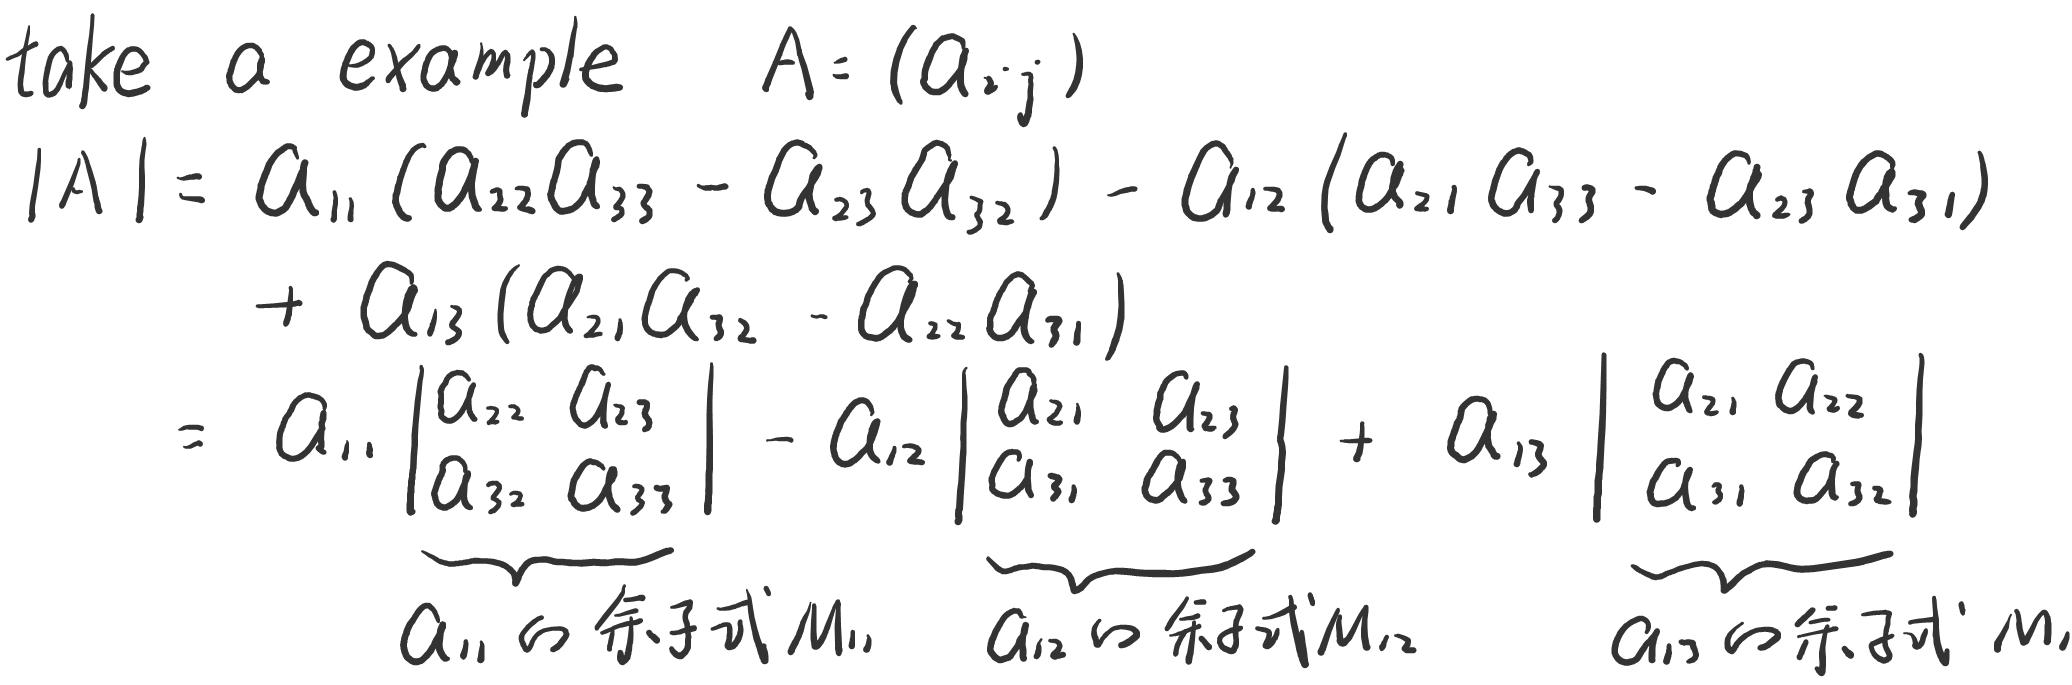
take a example $A=(a_{ij})$
\[
\begin{align*}
|A|&=a_{11}(a_{22}a_{33}-a_{23}a_{32})-a_{12}(a_{21}a_{33}-a_{23}a_{31})\\
&+a_{13}(a_{21}a_{32}-a_{22}a_{31})\\
&=a_{11}\begin{vmatrix}
a_{22}&a_{23}\\
a_{32}&a_{33}
\end{vmatrix}-a_{12}\begin{vmatrix}
a_{21}&a_{23}\\
a_{31}&a_{33}
\end{vmatrix}+a_{13}\begin{vmatrix}
a_{21}&a_{22}\\
a_{31}&a_{32}
\end{vmatrix}\\
&\underbrace{}_{a_{11}的余子式M_{11}}\underbrace{}_{a_{12}的余子式M_{12}}\underbrace{}_{a_{13}的余子式M_{13}}
\end{align*}
\]